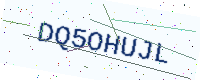
Text: DQ5OHUJL